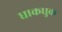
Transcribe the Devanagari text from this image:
धाकधुक